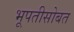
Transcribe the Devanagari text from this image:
भूपतीसोबत